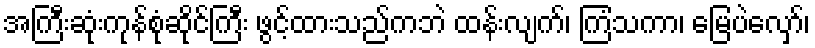
အကြီးဆုံးကုန်စုံဆိုင်ကြီး ဖွင့်ထားသည်ကဘဲ ထန်းလျက်၊ ကြံသကာ၊ မြေပဲလှော်၊